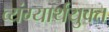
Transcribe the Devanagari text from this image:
व्यंग्यार्थयुक्त